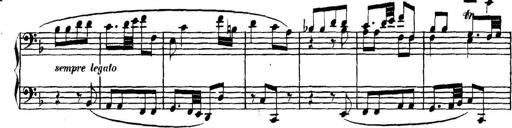
Title: Collected Piano Sonatas
Composer: Muzio Clementi